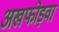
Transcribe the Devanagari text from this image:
अखफोड़वा